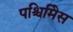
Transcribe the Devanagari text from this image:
पश्चिमिेस